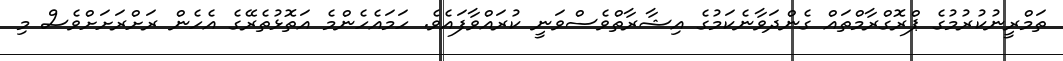
ތަމްރީނުކުރުމުގެ ޕްރޮގްރާމްތައް ގެންދަވާނެކަމުގެ އިޝާރާތްވެސްވަނީ ކުރައްވާފައެވެ. ހަމައެހެންމެ އަތޮޅުތެރޭގެ އެހެން ރަށްރަށަށްވެސް މި